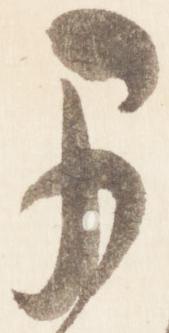
早